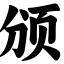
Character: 颁